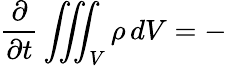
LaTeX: {\frac{\partial}{\partial t}}\iiint_{V}\rho\, dV=-\, {}